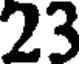
23